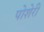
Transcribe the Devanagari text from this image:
पोशेरी